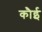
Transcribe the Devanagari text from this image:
कौई